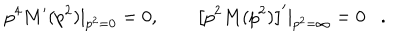
LaTeX: p ^ { 4 } M ^ { \prime } ( p ^ { 2 } ) | _ { p ^ { 2 } = 0 } = 0 , \qquad \left[ p ^ { 2 } M ( p ^ { 2 } ) \right] ^ { \prime } | _ { p ^ { 2 } = \infty } = 0 .